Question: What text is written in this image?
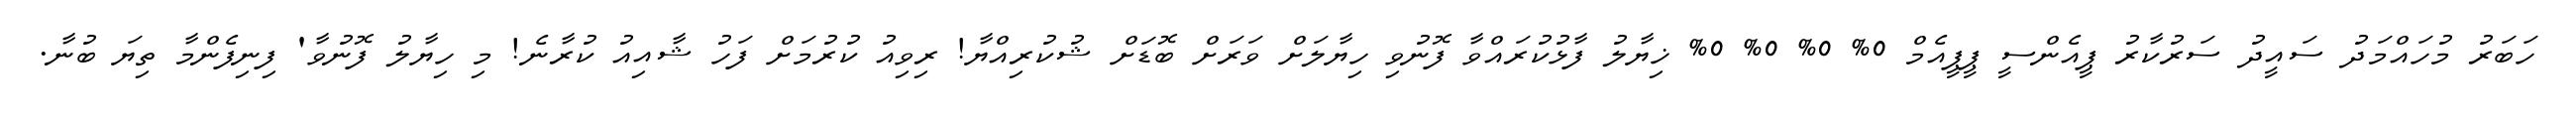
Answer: ހަބަރު މުހައްމަދު ސައީދު ސަރުކާރު ޕީއެންސީ ޕީޕީއެމް 0% 0% 0% 0% ޚިޔާލު ފާޅުކުރައްވާ ފޮނުވި ހިޔާލަށް ވަރަށް ބޮޑަށް ޝުކުރިއްޔާ! ރިވިއު ކުރުމަށް ފަހު ޝާއިއު ކުރާނެ! މި ހިޔާލު ފޮނުވާ' ފިނިފެންމާ ތިޔަ ބުނާ.